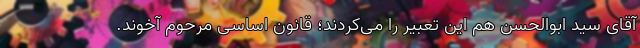
آقای سید ابوالحسن هم این تعبیر را می‌کردند؛ قانون اساسی مرحوم آخوند.